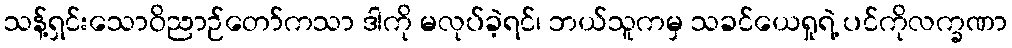
သန့်ရှင်းသောဝိညာဉ်တော်ကသာ ဒါကို မလုပ်ခဲ့ရင်၊ ဘယ်သူကမှ သခင်ယေရှုရဲ့ ပင်ကိုလက္ခဏာ